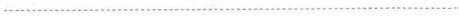
................................................................................